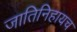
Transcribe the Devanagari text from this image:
जातिनिहायच